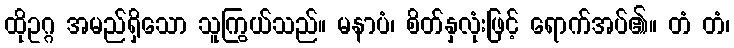
ထိုဥဂ္ဂ အမည်ရှိသော သူကြွယ်သည်။ မနာပံ၊ စိတ်နှလုံးဖြင့် ရောက်အပ်၏။ တံ တံ၊